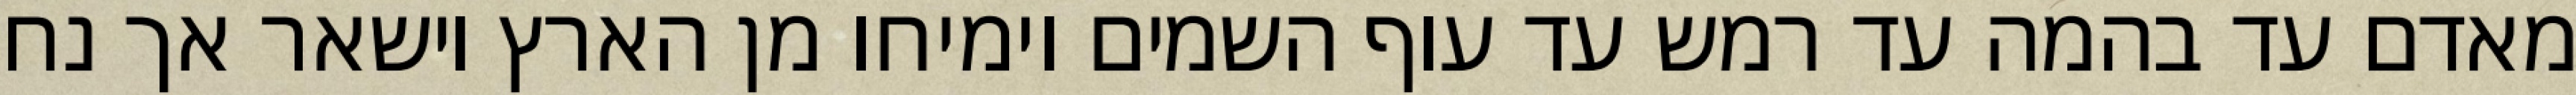
מאדם עד בהמה עד רמש עד עוף השמים וימיחו מן הארץ וישאר אך נח